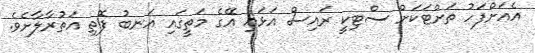
އެއަށްފަހު ތަށްޓަކަށް ސްޓިކީ ރައިސް އަޅައި އޭގެ މަތީގައި އަނބު ފޮތި އަތުރާލާށެވެ.